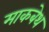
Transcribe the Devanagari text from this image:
माकबेथ